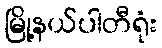
မြို့နယ်ပါတီရုံး